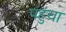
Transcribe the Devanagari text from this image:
पंहुंचा